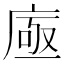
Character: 𢉗